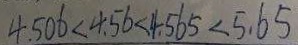
4 . 5 0 6 < 4 . 5 6 < 4 . 5 6 5 < 5 . 6 5